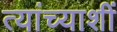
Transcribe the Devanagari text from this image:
त्यांच्याशीं